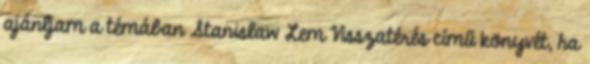
ajánljam a témában Stanislaw Lem Visszatérés című könyvét, ha